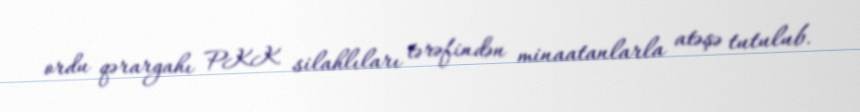
ordu qərargahı PKK silahlıları tərəfindən minaatanlarla atəşə tutulub.